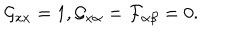
\mathcal { G } _ { x x } = 1 , \mathcal { G } _ { x \alpha } = \mathcal { F } _ { \alpha \beta } = 0 .